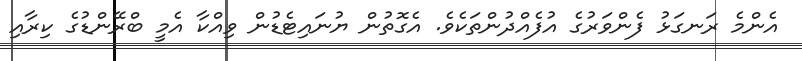
އެންމެ ރަނގަޅު ފެންވަރުގެ އުފެއްދުންތަކެވެ. އެގޮތުން ޔުނައިޓެޑުން ވިއްކާ އެމީ ބްރޭންޑުގެ ކިރާއި